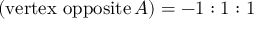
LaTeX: ( { \mathrm { v e r t e x ~ o p p o s i t e } } \, A ) = - 1 : 1 : 1